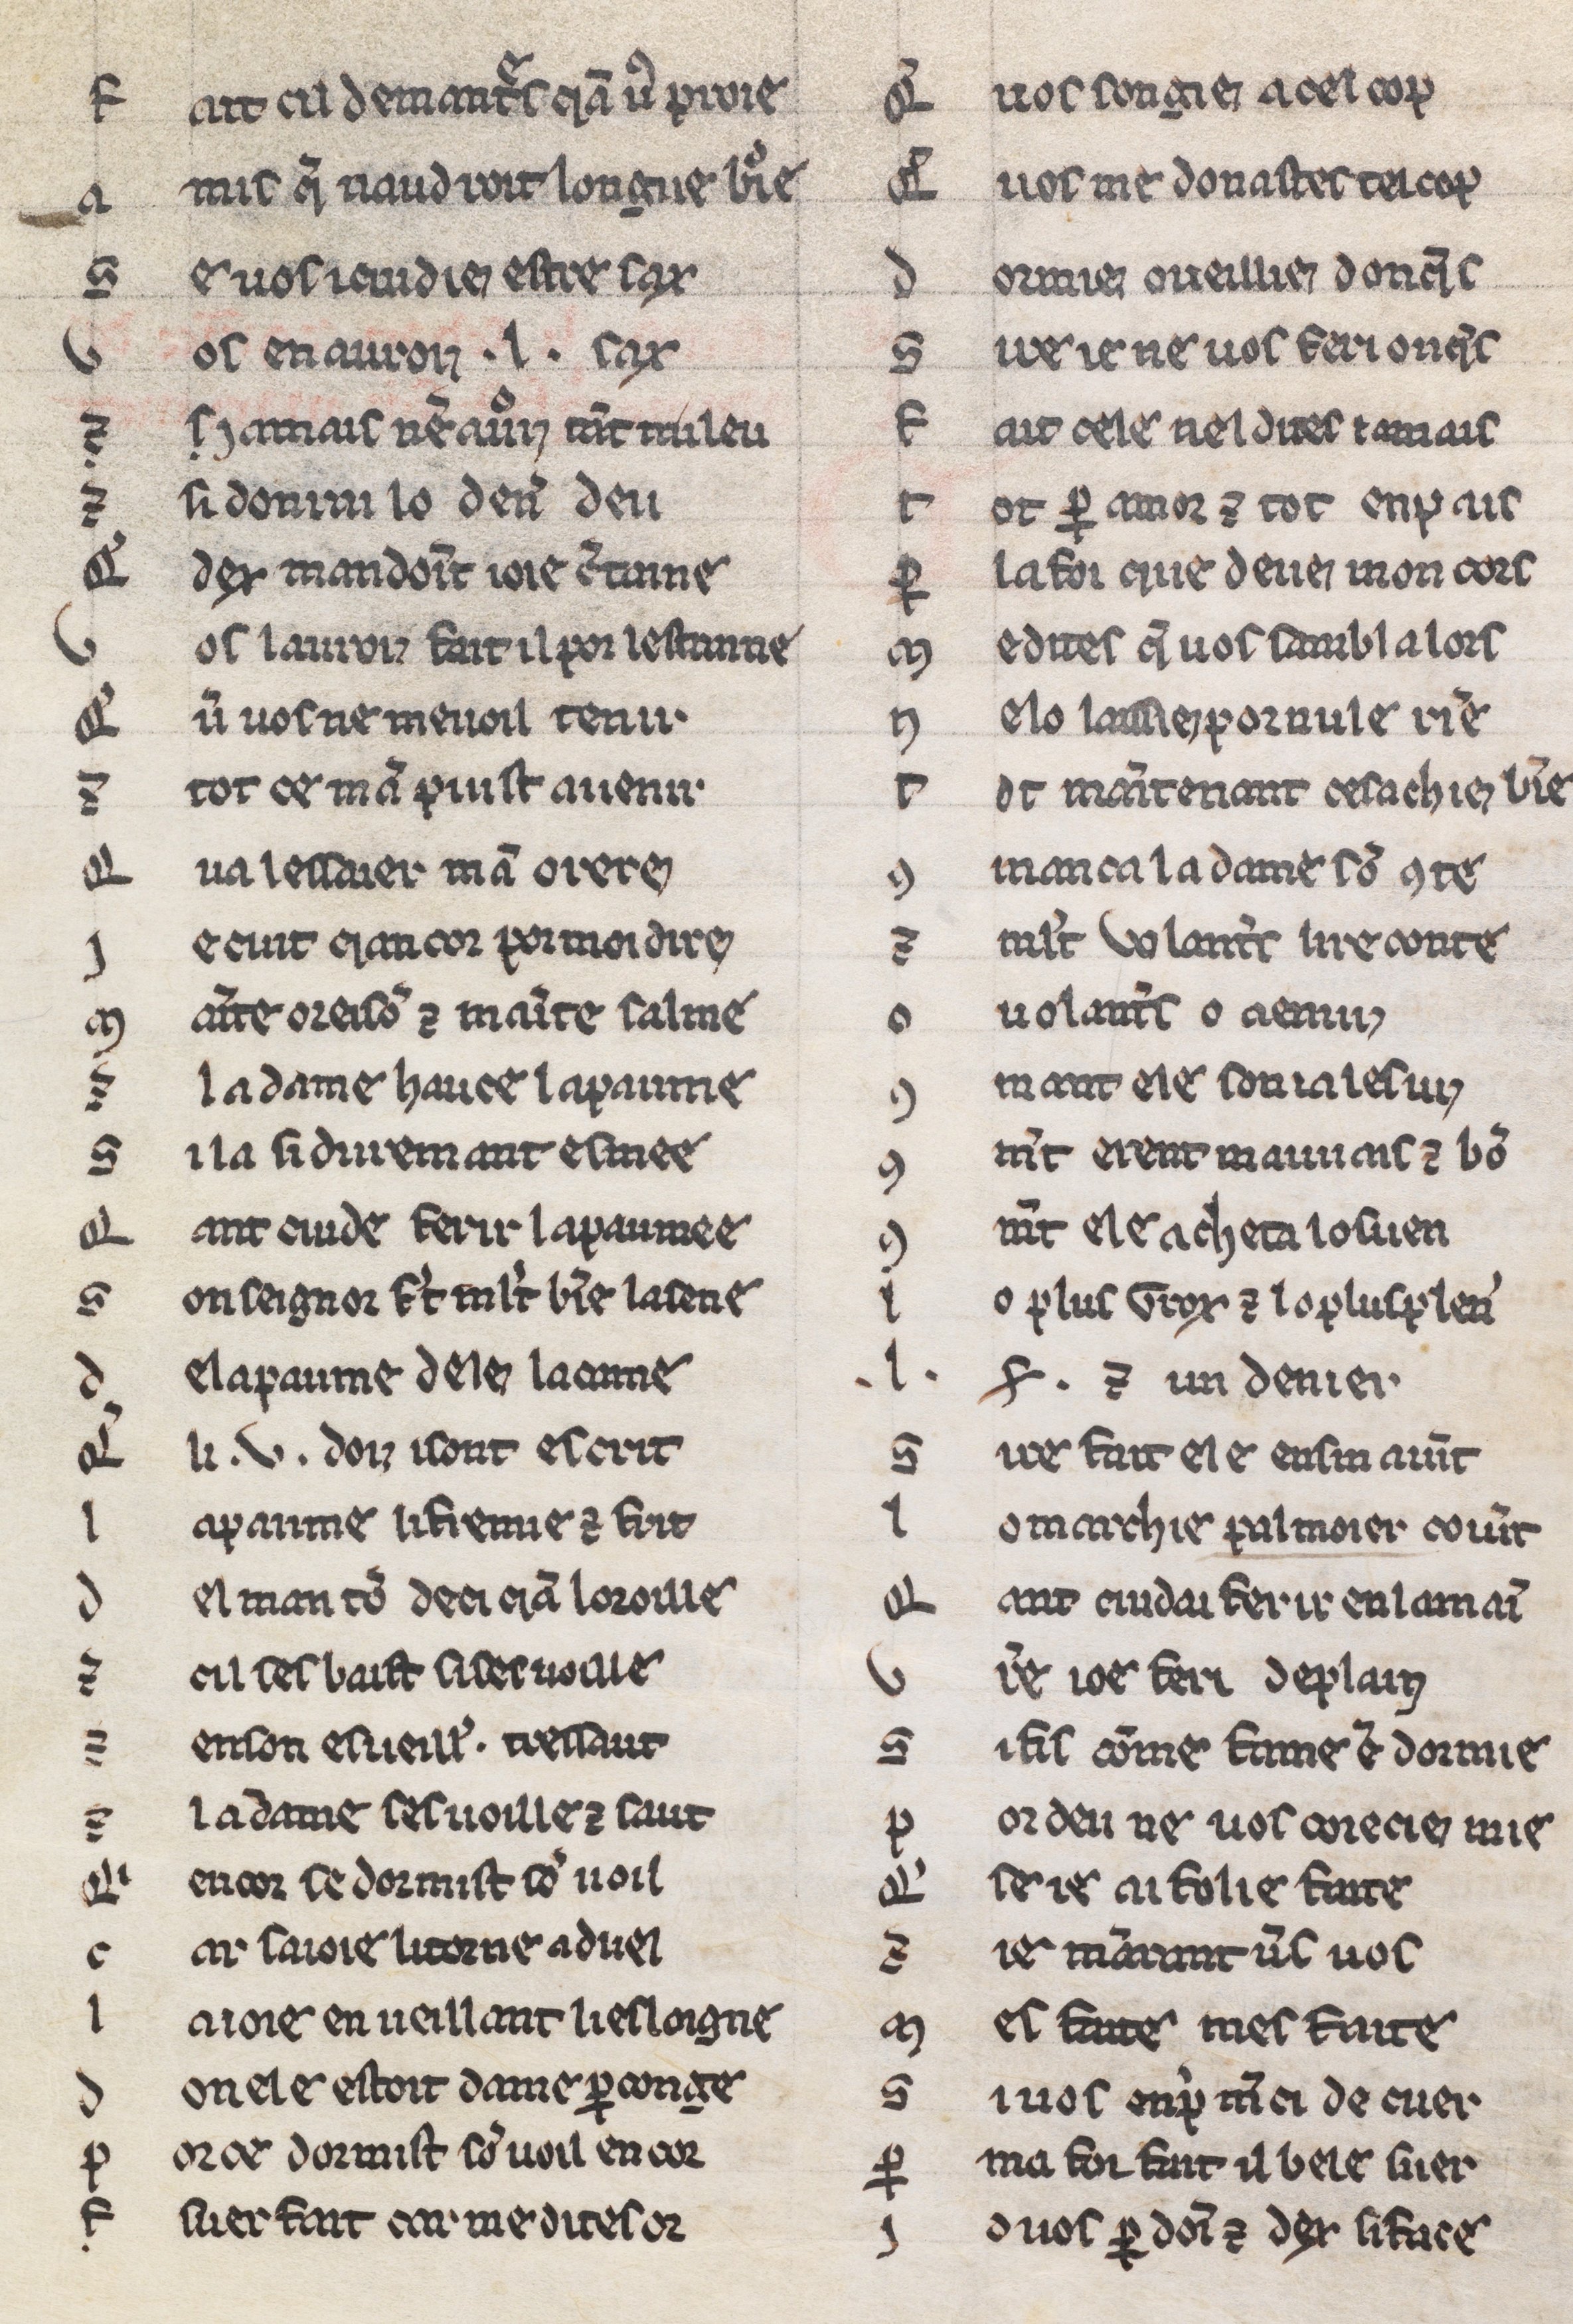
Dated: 1225–1249